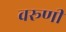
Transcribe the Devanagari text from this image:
वरूणी